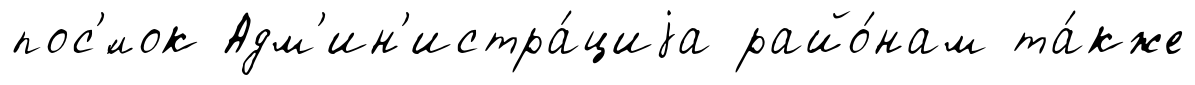
пос'́лок Адм'ин'истра́циjа райо́нам та́кже